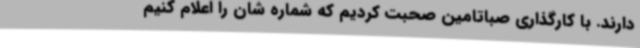
دارند. با کارگذاری صباتامین صحبت کردیم که شماره شان را اعلام کنیم